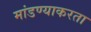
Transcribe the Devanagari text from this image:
मांडण्याकरता